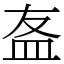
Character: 𥁊